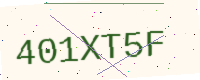
Text: 401XT5F